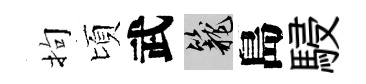
拘頃武籠島駸